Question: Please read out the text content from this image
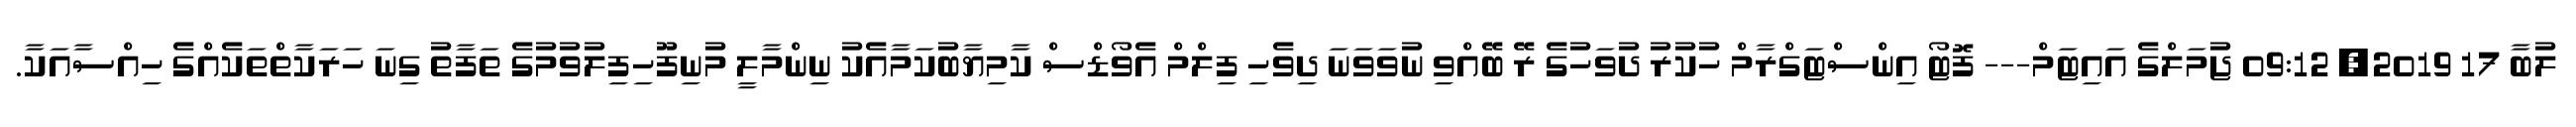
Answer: ލުބާ 17 2019, 09:12 ޖުމަލްގެ އައިޓަމް--- ފޮޓޯ އިންސްޓަގްރާމް ހުކުރު ދުވަހުގެ ރޭ ބޭއްވި ނުވަވަނަ ދިވެހި ފިލްމް އެވޯޑްސް ކާމިޔާބުކަމާއެކު ނިންމާލީ މުނިފޫހިފިލުވުމުގެ ތަފާތު ގިނަ ހަރަކާތްތަކެއްގެ ހިއްސާއަކާ.